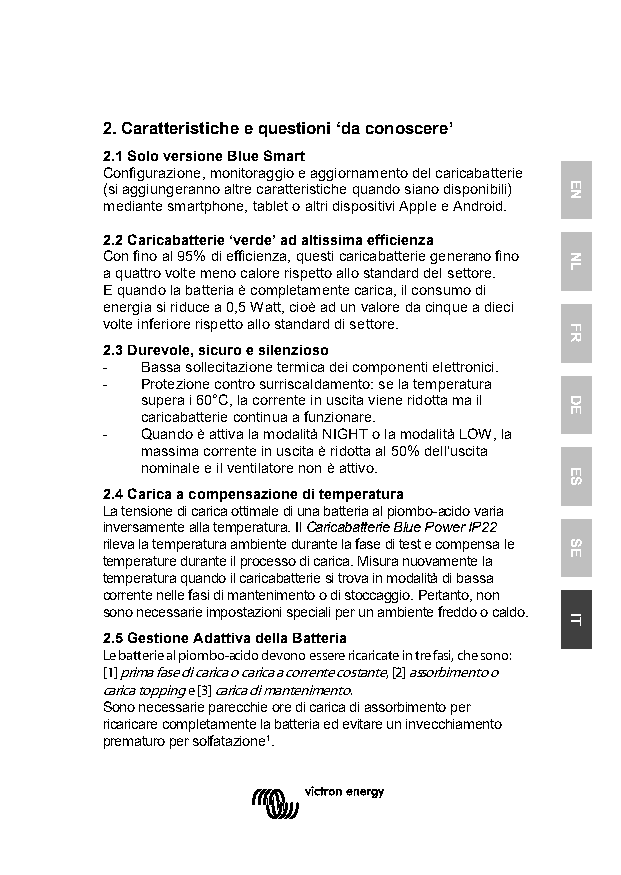
2. Caratteristiche e questioni ‘da conoscere’
 2.1 Solo versione Blue Smart
 Configurazione, monitoraggio e aggiornamento del caricabatterie
 (si aggiungeranno altre caratteristiche quando siano disponibili)
 mediante smartphone, tablet o altri dispositivi Apple e Android.
 2.2 Caricabatterie ‘verde’ ad altissima efficienza
 Con fino al 95% di efficienza, questi caricabatterie generano fino
 a quattro volte meno calore rispetto allo standard del settore.
 E quando la batteria è completamente carica, il consumo di
 energia si riduce a 0,5 Watt, cioè ad un valore da cinque a dieci
 volte inferiore rispetto allo standard di settore.
 2.3 Durevole, sicuro e silenzioso
 - Bassa sollecitazione termica dei componenti elettronici.
 - Protezione contro surriscaldamento: se la temperatura
 supera i 60°C, la corrente in uscita viene ridotta ma il
 caricabatterie continua a funzionare.
 - Quando è attiva la modalità NIGHT o la modalità LOW, la
 massima corrente in uscita è ridotta al 50% dell'uscita
 nominale e il ventilatore non è attivo.
 2.4 Carica a compensazione di temperatura
 La tensione di carica ottimale di una batteria al piombo-acido varia
 inversamente alla temperatura. Il Caricabatterie Blue Power IP22
 rileva la temperatura ambiente durante la fase di test e compensa le
 temperature durante il processo di carica. Misura nuovamente la
 temperatura quando il caricabatterie si trova in modalità di bassa
 corrente nelle fasi di mantenimento o di stoccaggio. Pertanto, non
 sono necessarie impostazioni speciali per un ambiente freddo o caldo.
 2.5 Gestione Adattiva della Batteria
 Le batterie al piombo-acido devono essere ricaricate in tre fasi, che sono:
 [1] prima fase di carica o carica a corrente costante, [2] assorbimento o
 carica topping e [3] carica di mantenimento.
 Sono necessarie parecchie ore di carica di assorbimento per
 ricaricare completamente la batteria ed evitare un invecchiamento
 prematuro per solfatazione¹.
 EN
 NL
 FR
 DE
 ES
 SE
 IT